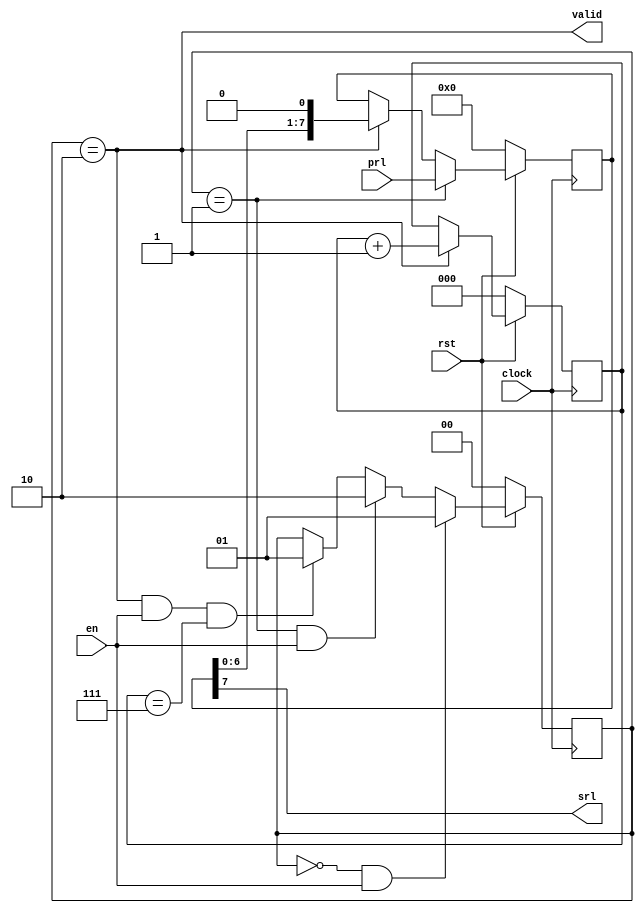
module prl2srl(clock,rst,en,prl,srl,valid);

   input         clock;
   input         rst;
   input         en;
   input   [7:0] prl;
   
   output  srl;
   output  valid;
   
   parameter IDLE    = 2'b00;
   parameter PARALEL = 2'b01;
   parameter SERIAL  = 2'b10;
   
   reg  [1:0] state;
   reg  [2:0] count;
   reg  [7:0] buff;
   wire [1:0] nextState;
   
   //state machine
   always@(posedge clock)
   begin
        if(!rst)
            state <= IDLE;
        else
            state <= nextState;
   end
   
   assign nextState = (state == IDLE) & en                      ? PARALEL:
                      (state == PARALEL) & en                   ? SERIAL:
                      (state == SERIAL) & en & (count == 3'd7)  ? PARALEL: 
                                                                  state;
   
   //counter                                                                                                                              
   always@(posedge clock)
   begin
        if(!rst)
            count <= 3'd0;
        else if(state == SERIAL)
            count <= count + 3'd1;
        else
            count <= count;
   end  
   always@(posedge clock)
   begin
        if(!rst)
            buff <= 8'd0;
        else if(state == PARALEL)
            buff <= prl;
        else if(state == SERIAL)
            buff <= {buff[6:0],1'b0};
        else
            buff <= buff;
   end
   assign srl   = buff[7];
   assign valid = (state == SERIAL); 
endmodule